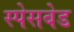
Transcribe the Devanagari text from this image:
स्पेसबेड